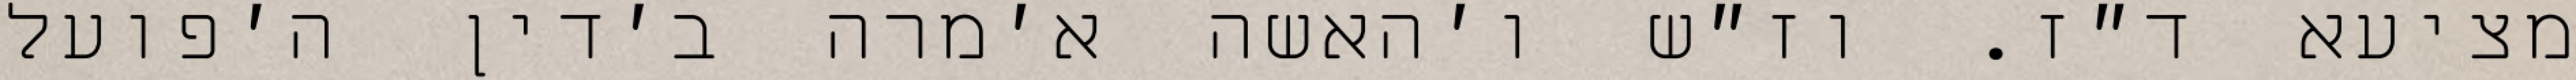
מציעא ד״ז. וז״ש ו׳האשה א׳מרה ב׳דין ה׳פועל